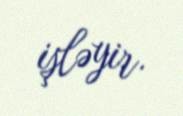
işləyir.